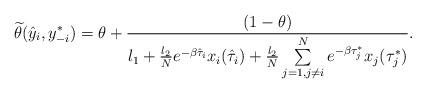
LaTeX: \begin{align*}\widetilde{\theta}(\hat{y}_i, y^{*}_{-i})=\theta +\frac{(1-\theta)}{l_1+\frac{l_2}{N}e^{-\beta\hat{\tau}_i}x_i(\hat{\tau}_i)+\frac{l_2}{N}\sum\limits_{j=1,j\neq i}^Ne^{-\beta\tau_j^{*}}x_j(\tau_j^{*})}.\end{align*}